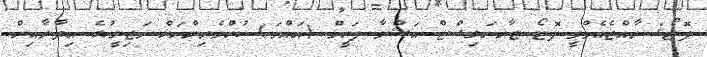
ފޮޓޯ: ރާއްޖެއެމްވީ ފޮޓޯ ޖާރނަލިސްޓް އަޝްވާ ފަހީމް (އައްވަ) ކުށްވެރިންނަށް މަޖިލީހުގެ އިދާރާއިން